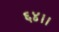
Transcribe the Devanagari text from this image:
६४।।